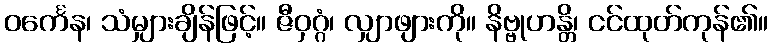
ဝင်္ကေန၊ သံမျှားချိန်ဖြင့်။ ဇီဝှဂ္ဂံ၊ လျှာဖျားကို။ နိဗ္ဗုဟန္တိ၊ ငင်ထုတ်ကုန်၏။